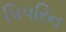
પિપરિન